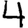
Digit: 4